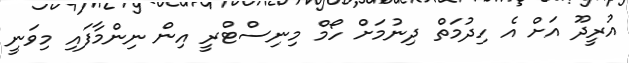
އުރީދޫ އަށް އެ ހިދުމަތް ދިނުމަށް ހޯމް މިނިސްޓްރީ އިން ނިންމާފައި މިވަނީ